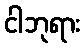
ငါဘုရား